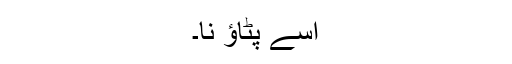
اسے پٹاؤ نا۔